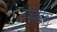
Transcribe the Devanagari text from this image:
उपवर्हिका